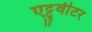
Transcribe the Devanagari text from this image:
एट्टुवीटर